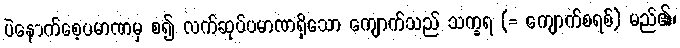
ပဲနောက်စေ့ပမာဏမှ စ၍ လက်ဆုပ်ပမာဏရှိသော ကျောက်သည် သက္ခရ (= ကျောက်စရစ်) မည်၏၊